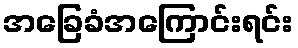
အခြေခံအကြောင်းရင်း